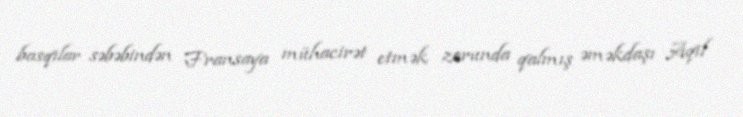
basqılar səbəbindən Fransaya mühacirət etmək zorunda qalmış əməkdaşı Aqil